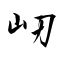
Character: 屻